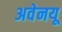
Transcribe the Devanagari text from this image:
अवेनयू